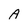
Character: A